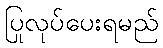
ပြုလုပ်ပေးရမည်